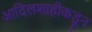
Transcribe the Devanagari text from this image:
आदिलशाहीकडून